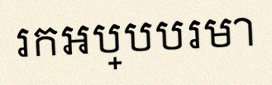
រកអប្បបរមា